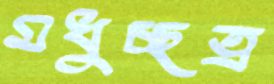
মধুচ্ছত্র